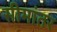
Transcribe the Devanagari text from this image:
सीमांतर